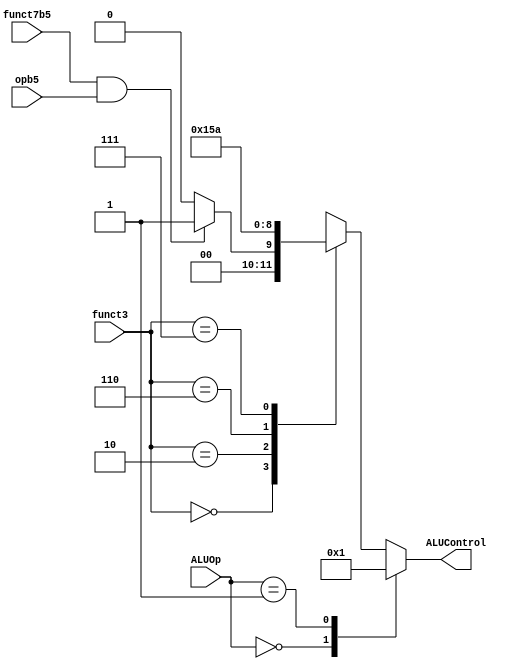
`timescale 1ns / 1ps
//////////////////////////////////////////////////////////////////////////////////
// Company: 
// Engineer: 
// 
// Design Name: 
// Module Name: aludec
// Project Name: 
// Target Devices: 
// Tool Versions: 
// Description: 
// 
// Dependencies: 
// 
// Revision:
// Revision 0.01 - File Created
// Additional Comments:
// 
//////////////////////////////////////////////////////////////////////////////////

module aludec(
    input                   opb5        ,
    input       [2:0]       funct3      ,
    input                   funct7b5    ,
    input       [1:0]       ALUOp       ,
    output  reg      [2:0]  ALUControl
    );
    //wire define
    wire   RtypeSub;
    assign RtypeSub = funct7b5 & opb5;  // TRUE for R-type subtract
    always@(*)begin
       case(ALUOp)
           2'b00:ALUControl = 3'b000; // addition
           2'b01:ALUControl = 3'b001; // subtraction
           default: case(funct3) // R-type or I-type ALU
                        3'b000:begin
                                    if (RtypeSub)
                                        ALUControl = 3'b001; // sub
                                    else
                                        ALUControl = 3'b000; // add, addi
                               end
                       3'b010:       ALUControl = 3'b101; // slt, slti
                       3'b110:       ALUControl = 3'b011; // or, ori
                       3'b111:       ALUControl = 3'b010; // and, andi
                       default:      ALUControl = 3'bxxx; // ???
            endcase
       endcase
    end

endmodule